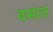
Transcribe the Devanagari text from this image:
वसात